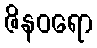
ဇိနဝရော